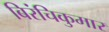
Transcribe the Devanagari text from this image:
बिरंचिकुमार